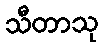
သီတာသု